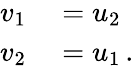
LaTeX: \begin{array}{rl}{v_{1}}&{{}=u_{2}}\\ {v_{2}}&{{}=u_{1}\, .}\end{array}